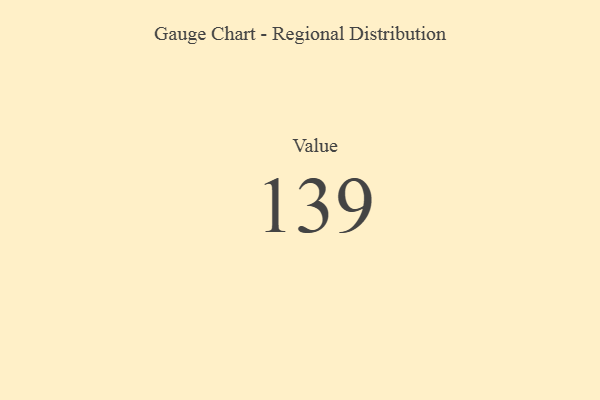
{"axis": {"x": "Metric", "y": "Value"}, "legend": [""], "data": [{"x": "Value", "y": 139, "type": ""}]}